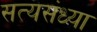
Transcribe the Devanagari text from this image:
सत्यसंध्या